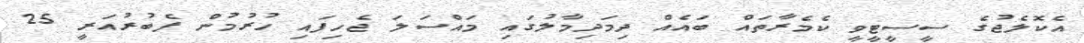
އެކޮލެޖުގެ ސީސީޓީވީ ކެމެރާތައް ބައެއް ދިމަދިމާލުގައި މައްސަލަ ޖެހިފައި ހުރުމުން ފެބުރުއަރީ 25